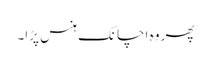
پھر وہ اچانک ہنس پڑا۔